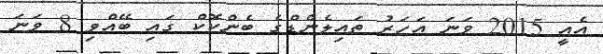
އެއީ 2015 ވަނަ އަހަރު ތައިލެންޑްގެ ބެންކޮކް ގައި ބޭއްވި 8 ވަނަ